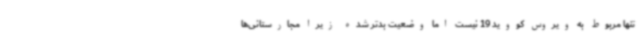
تنها مربوط به ویروس کووید 19 نیست اما وضعیت بدتر شده زیرا مجارستانی‌ها